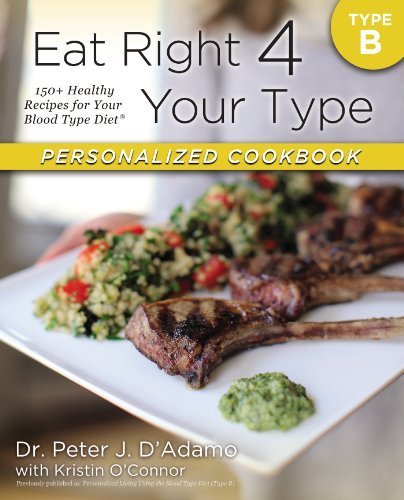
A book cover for By Dr. Peter J. D'Adamo - Eat Right 4 Your Type Personalized Cookbook Type B: 150+ Healthy Recipes For Your Blood Type Diet (1st Edition) (9.1.2013); Dr. Peter J. D'Adamo; Health, Fitness & Dieting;